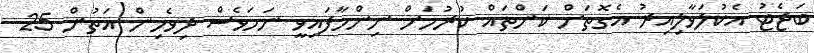
ބަޖެޓު އެކުލަވާލިއިރު އެގޮތަށް ކަންތައް ކުރުމަށް ނިންމާފައިވީ ނަމަވެސް ދިވެހިން އަތުން 25